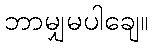
ဘာမျှမပါချေ။